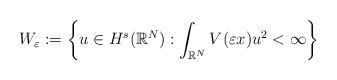
LaTeX: \begin{align*}W_\varepsilon := \left\{ u\in H^s( \mathbb R^N):\int_{\mathbb R^N}V( \varepsilon x)u^2<\infty \right\}\end{align*}